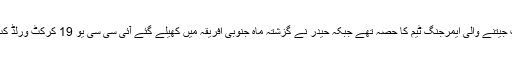
واضح رہے کہ محسن اور حیدر ایشیا کپ جیتنے والی ایمرجنگ ٹیم کا حصہ تھے جبکہ حیدر نے گزشتہ ماہ جنوبی افریقہ میں کھیلے گئے آئی سی سی یو 19 کرکٹ ورلڈ کپ میں بھی پاکستان کی نمائندگی کی تھی۔